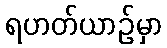
ရဟတ်ယာဉ်မှာ